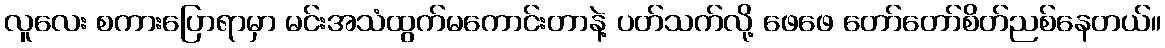
လူလေး စကားပြောရာမှာ မင်းအသံထွက်မကောင်းတာနဲ့ ပတ်သက်လို့ ဖေဖေ တော်တော်စိတ်ညစ်နေတယ်။